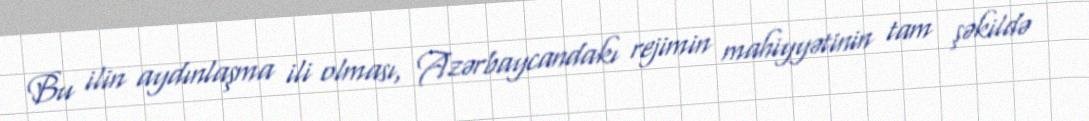
Bu ilin aydınlaşma ili olması, Azərbaycandakı rejimin mahiyyətinin tam şəkildə